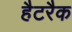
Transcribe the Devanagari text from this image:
हैटरैक